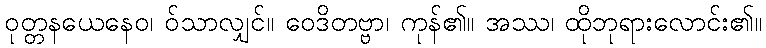
ဝုတ္တနယေနေဝ၊ ဝ်သာလျှင်။ ဝေဒိတဗ္ဗာ၊ ကုန်၏။ အဿ၊ ထိုဘုရားလောင်း၏။